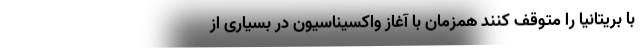
با بریتانیا را متوقف کنند همزمان با آغاز واکسیناسیون در بسیاری از